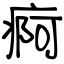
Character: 痾